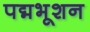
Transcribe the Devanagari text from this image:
पद्मभूशन